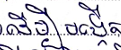
ដើម្បីបង្កើត